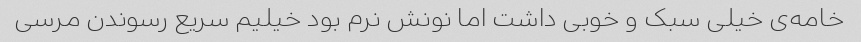
خامه‌ی خیلی سبک و خوبی داشت اما نونش نرم بود خیلیم سریع رسوندن مرسی